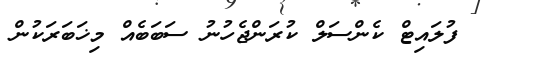
ފުލައިޓް ކެންސަލް ކުރަންޖެހުނު ސަބަބެއް މިޚަބަރަކުން